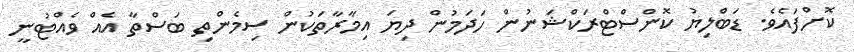
ކޮށްފައެވެ. ޑަބްލިޔު ކޮންސްޓްރަކްޝަނުން ހަދަމުން ދިޔަ އިމާރާތަކުން ސިމެންތި ބަސްތާ އެއް ވެއްޓުނީ